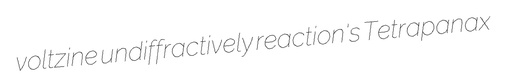
voltzine undiffractively reaction's Tetrapanax